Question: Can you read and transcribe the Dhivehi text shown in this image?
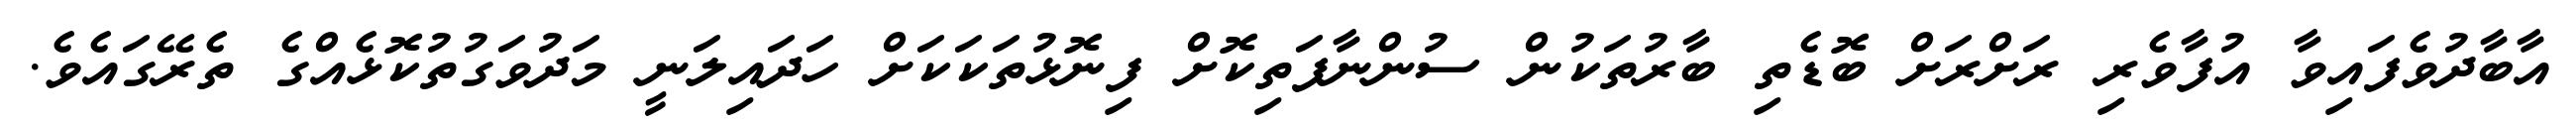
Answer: އާބާދުވެފައިވާ އުފާވެރި ރަށްރަށް ބޮޑެތި ބާރުތަކުން ސުންނާފަތިކޮށް ފިނޮޅުތަކަކަށް ހަދައިލަނީ މަދުވަގުތުކޮޅެއްގެ ތެރޭގައެވެ.